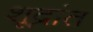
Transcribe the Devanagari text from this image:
शूद्रांत